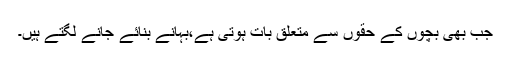
جب بھی بچوں کے حقوں سے متعلق بات ہوتی ہے،بہانے بنائے جانے لگتے ہیں۔